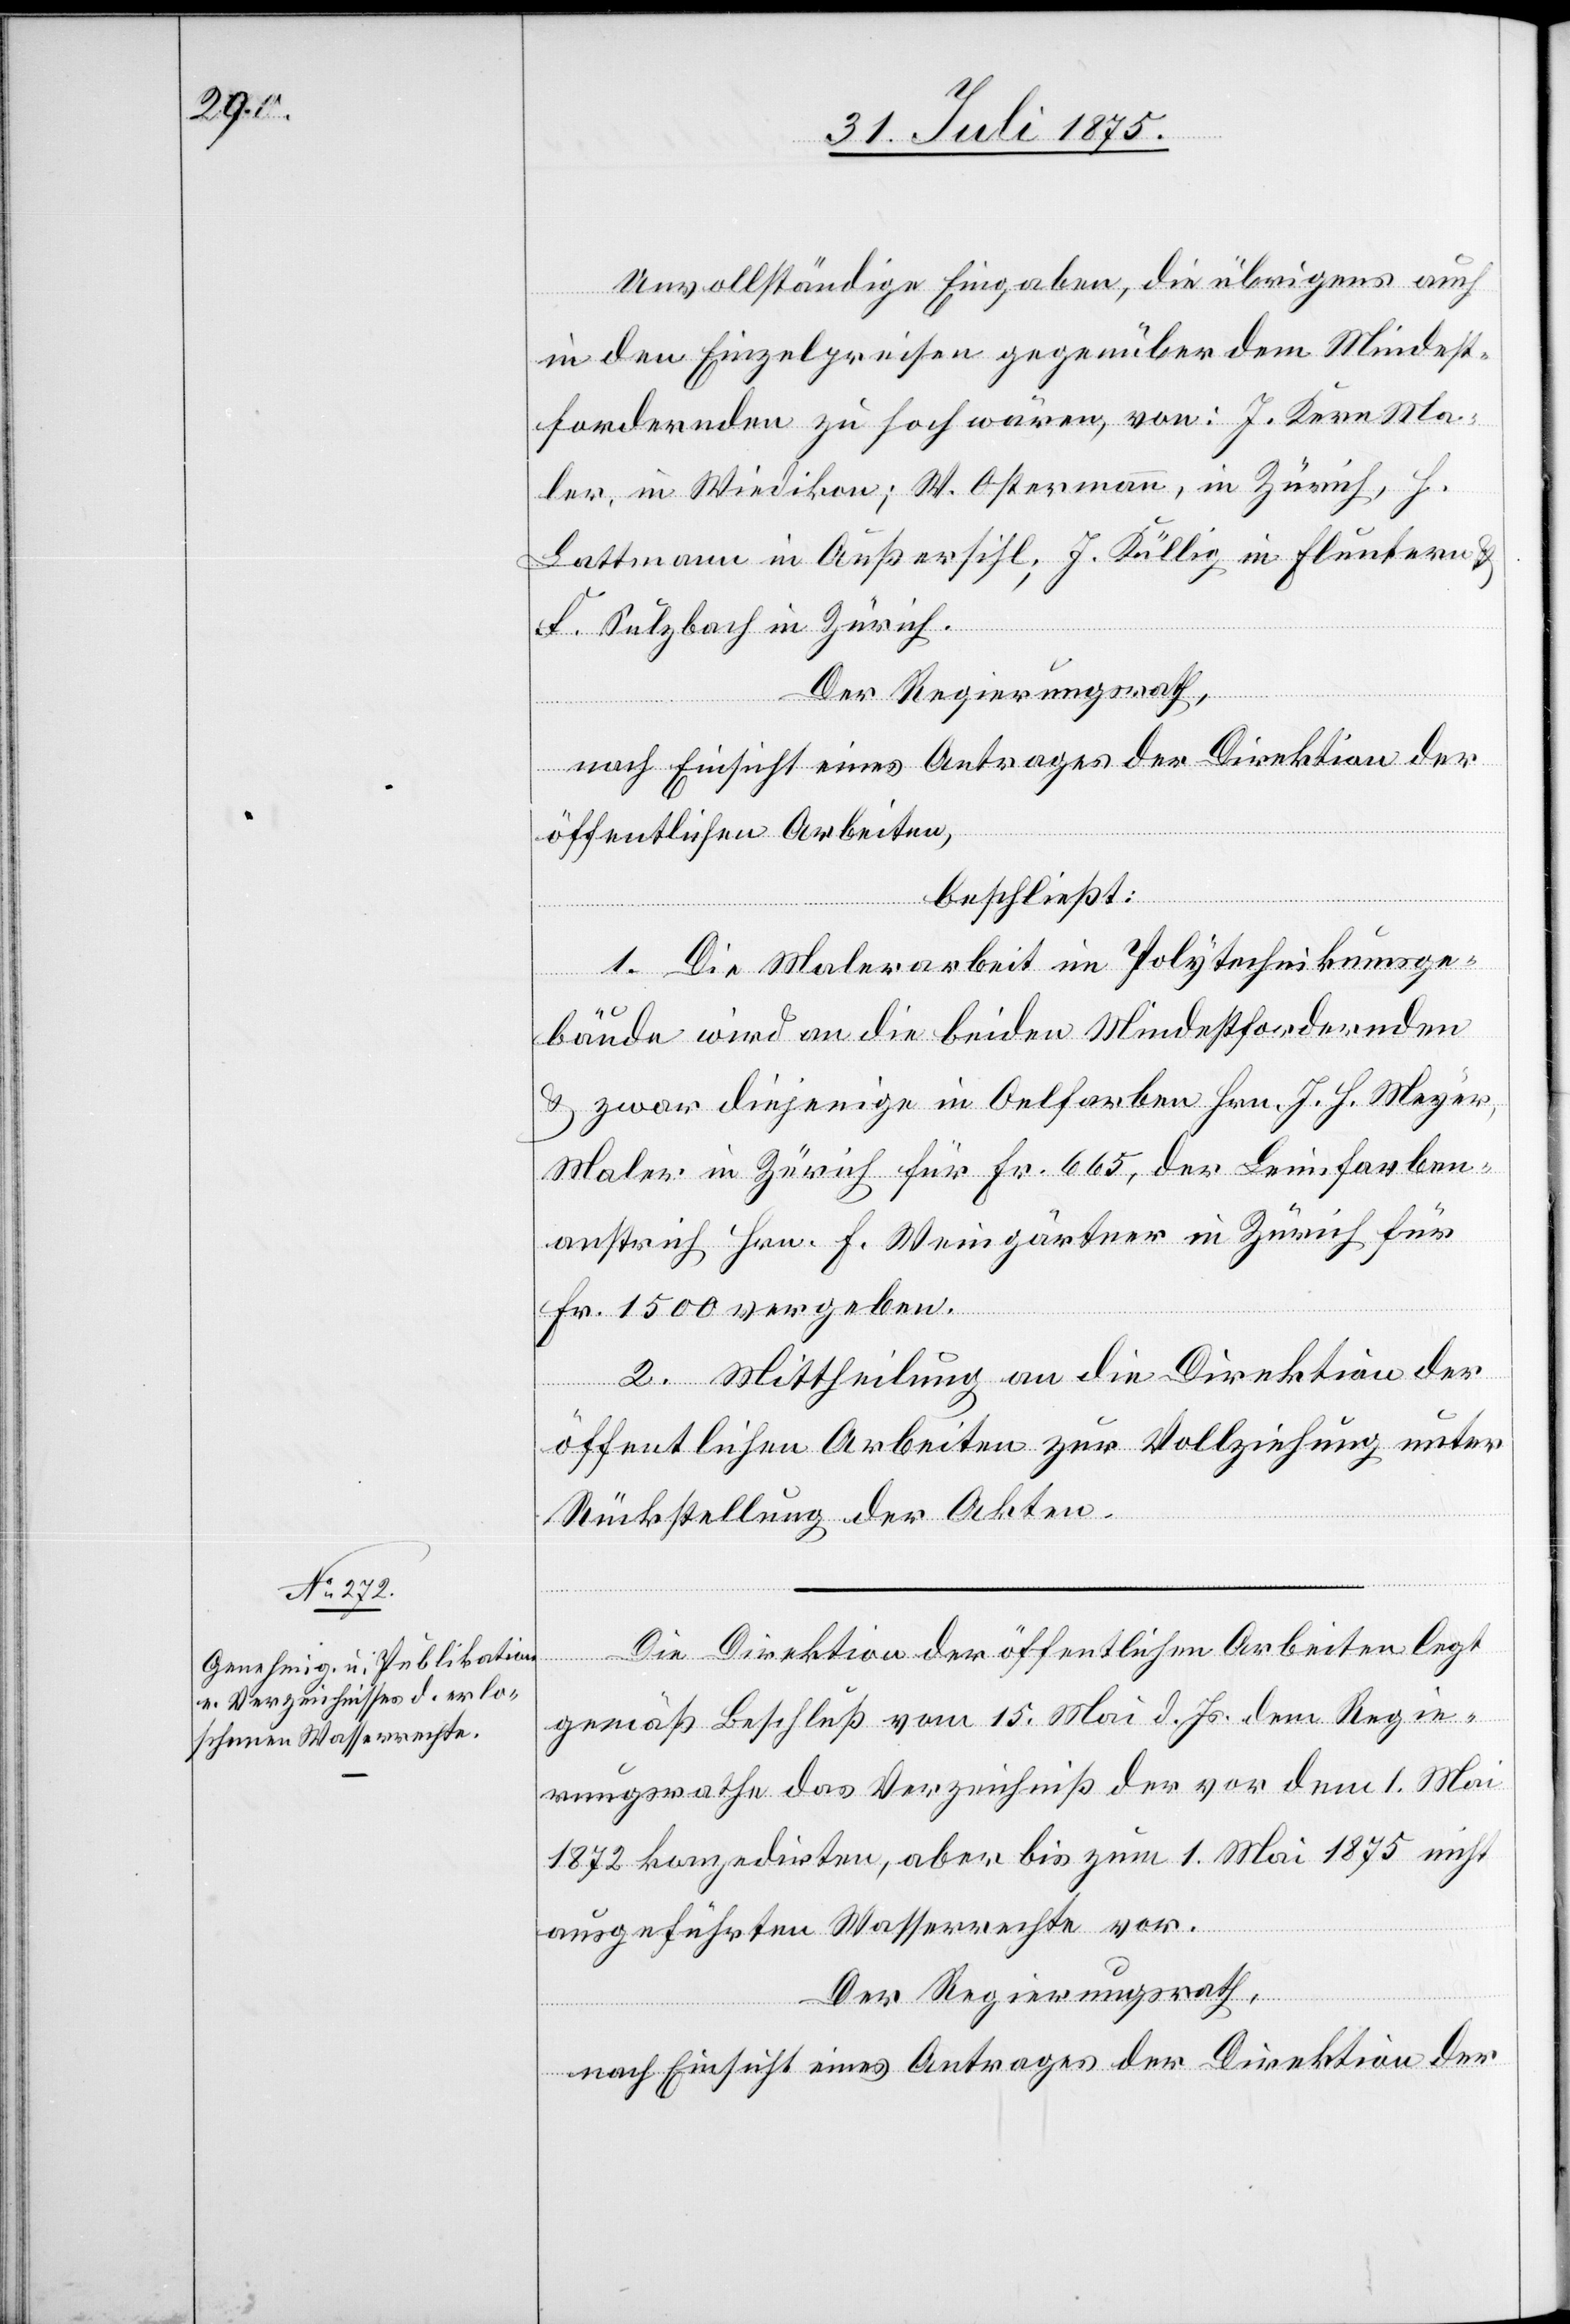
Unvollständige Eingaben, die übrigens auch
in den Einzelheiten gegenüber dem Mindest¬
fordernden zu hoch wären, von: J. Kern, Ma¬
ler, in Wiedikon; W. Ostermann, in Zürich, H.
Lattmann in Außersihl; J. Küllig in Fluntern &
F. Sulzbach in Zürich.
Der Regierungsrath,
nach Einsicht eines Antrages der Direktion der
öffentlichen Arbeiten,
beschließt:
1. Die Malerarbeit im Polytechnikumsge¬
bäude wird an die beiden Mindestfordenden
& zwar diejenige in Oelfarben Hrn. J. H. Meyer,
Maler in Zürich für Fr. 665, der Leimfarben¬
anstrich Hrn. F. Weingärtner in Zürich für
Fr. 1500 vergeben.
2. Mittheilung an die Direktion der
öffentlichen Arbeiten zur Vollziehung unter
Rückstellung der Akten.
Die Direktion der öffentlichen Arbeiten legt
gemäß Beschluß vom 15. Mai d. Js. dem Regie¬
rungsrathe das Verzeichniß der vor dem 1. Mai
1872 konzedirten, aber bis zum 1. Mai nicht
ausgeführten Wasserrechte vor.
Der Regierungsrath,
nach Einsicht eines Antrages der Direktion der